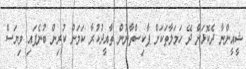
ޝީއީންނާ ދެކޮޅަށް ދޭ ހަމަލާތަކަށް ޕާކިސްތާނުން ތާއީދުކުރާ ކަމަށް ކުރިން ބުނެފައި ވިޔަސް